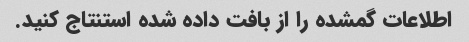
اطلاعات گمشده را از بافت داده شده استنتاج کنید.